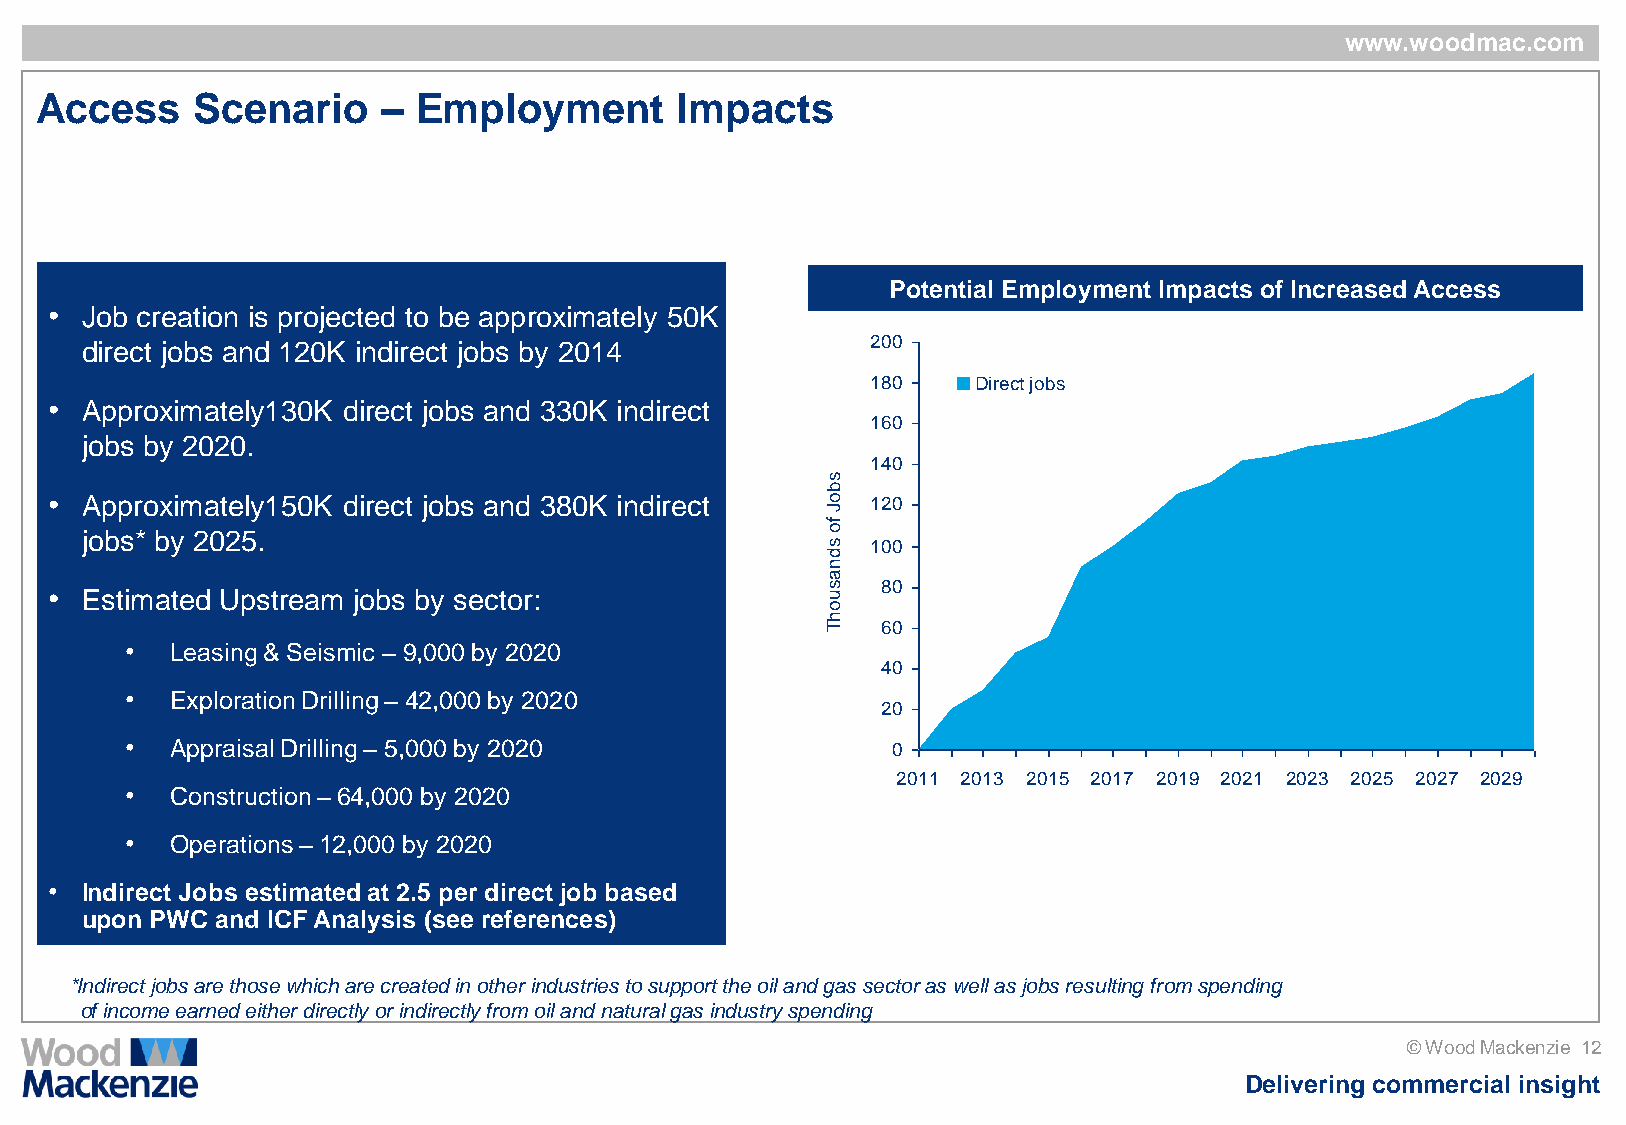
www.woodmac.com
 Access     Scenario    – Employment        Impacts
 Potential Employment Impacts of Increased Access
 • Job creation is projected to be approximately 50K
 direct jobs and 120K indirect jobs by 2014           200
 180   Direct jobs
 • Approximately130K direct jobs and 330K indirect
 160
 jobs by 2020.
 140
 s
 b
 • Approximately150K direct jobs and 380K indirect   o  120
 J
 jobs* by 2025.
 fo
 s  100
 d
 n
 a
 • Estimated Upstream jobs by sector:                s u 80
 o
 h
 T  60
 •  Leasing & Seismic – 9,000 by 2020
 40
 •  Exploration Drilling – 42,000 by 2020
 20
 •  Appraisal Drilling – 5,000 by 2020              0
 2011 2013 2015 2017 2019 2021 2023 2025 2027 2029
 •  Construction – 64,000 by 2020
 •  Operations – 12,000 by 2020
 • Indirect Jobs estimated at 2.5 per direct job based
 upon PWC and ICF Analysis (see references)
 *Indirect jobs are those which are created in other industries to support the oil and gas sector as well as jobs resulting from spending
 of income earned either directly or indirectly from oil and natural gas industry spending
 © Wood Mackenzie 12
 Delivering commercial insight